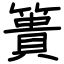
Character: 簣